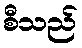
စီသည်